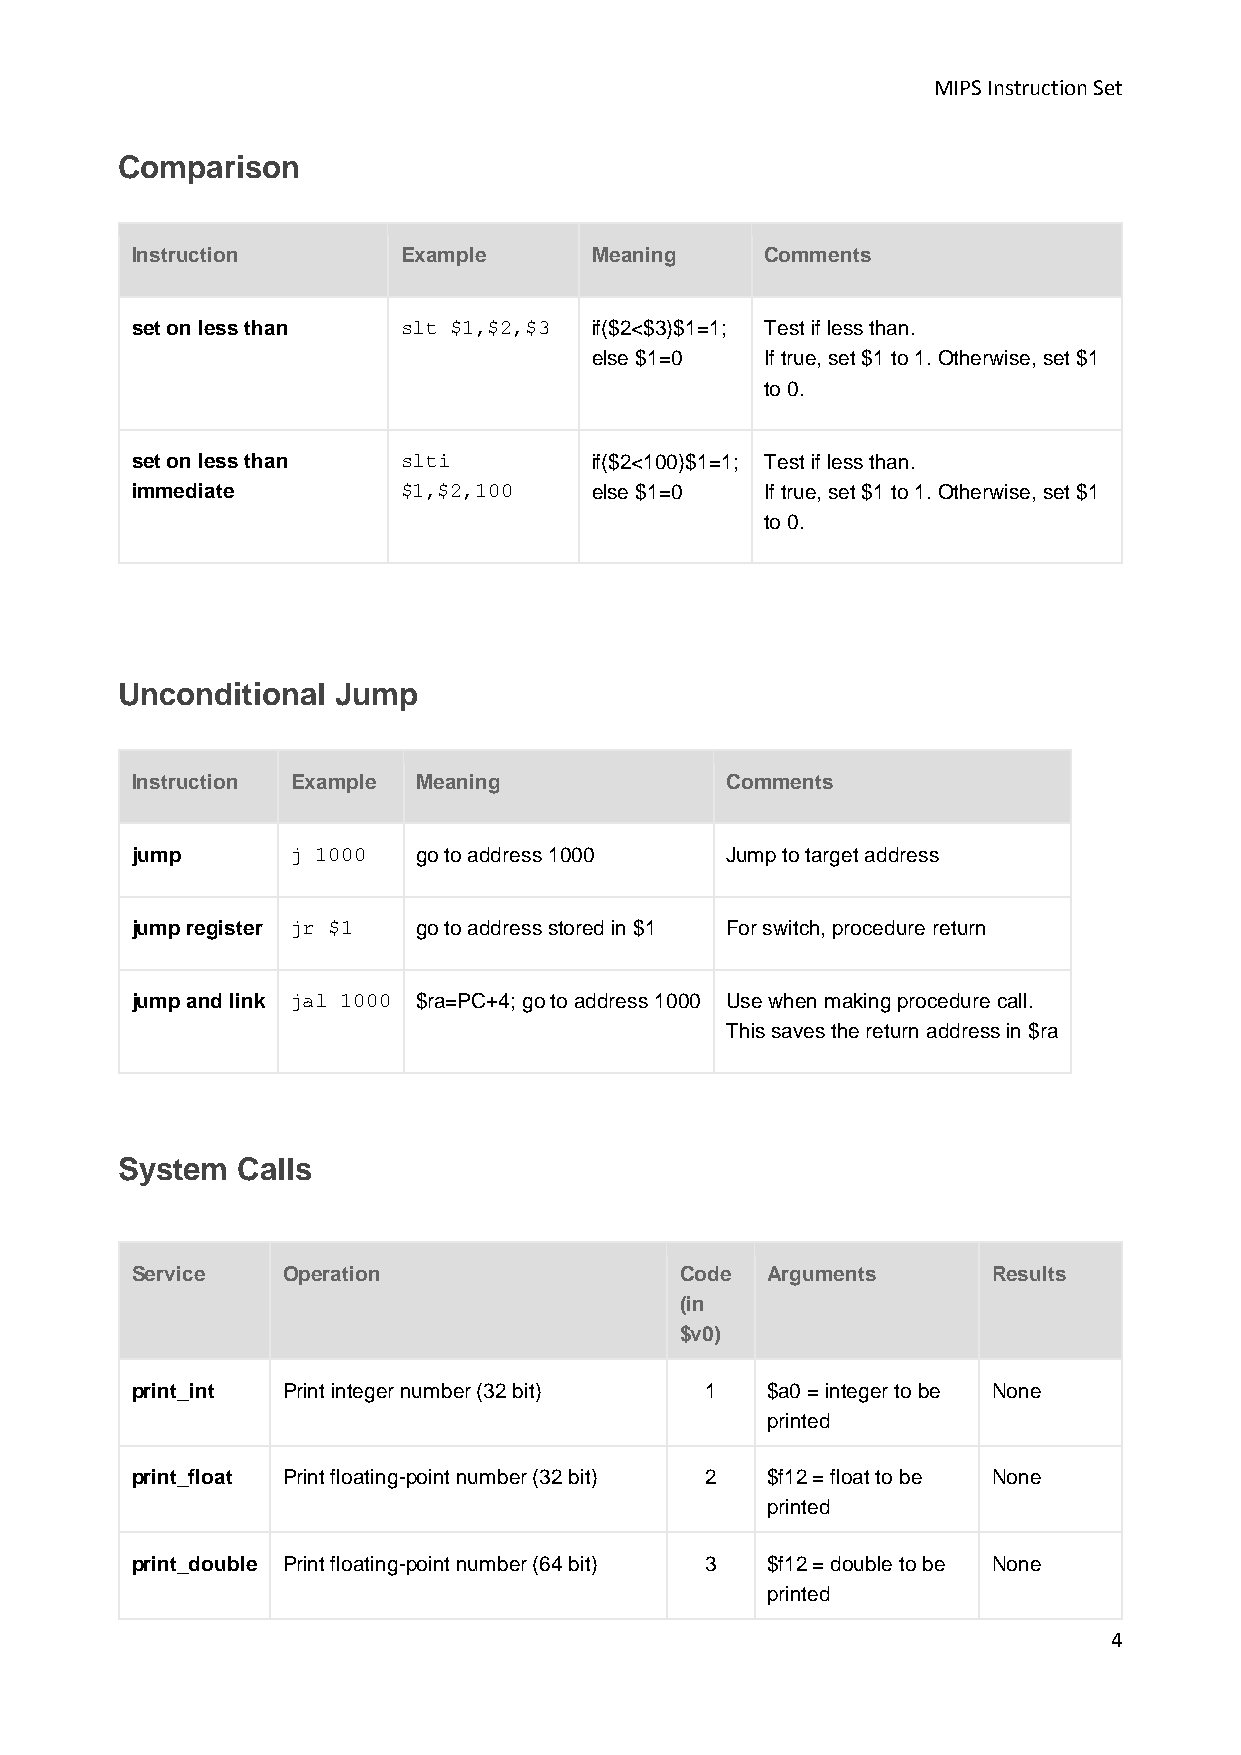
MIPS Instruction Set
 Comparison
 Instruction       Example     Meaning     Comments
 set on less than  slt $1,$2,$3 if($2<$3)$1=1; Test if less than.
 else $1=0   If true, set $1 to 1. Otherwise, set $1
 to 0.
 set on less than  slti        if($2<100)$1=1; Test if less than.
 immediate         $1,$2,100   else $1=0   If true, set $1 to 1. Otherwise, set $1
 to 0.
 Unconditional Jump
 Instruction Example Meaning            Comments
 jump      j 1000   go to address 1000  Jump to target address
 jump register jr $1 go to address stored in $1 For switch, procedure return
 jump and link jal 1000 $ra=PC+4; go to address 1000 Use when making procedure call.
 This saves the return address in $ra
 System  Calls
 Service   Operation                 Code  Arguments      Results
 (in
 $v0)
 print_int Print integer number (32 bit) 1 $a0 = integer to be None
 printed
 print_float Print floating-point number (32 bit) 2 $f12 = float to be None
 printed
 print_double Print floating-point number (64 bit) 3 $f12 = double to be None
 printed
 4